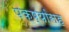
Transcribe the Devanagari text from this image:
पक्ष्यांसह